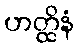
ဟတ္ထိနံ